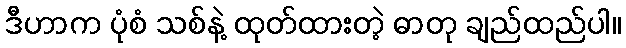
ဒီဟာက ပုံစံ သစ်နဲ့ ထုတ်ထားတဲ့ ဓာတု ချည်ထည်ပါ။